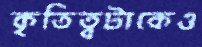
কৃতিত্বটাকেও